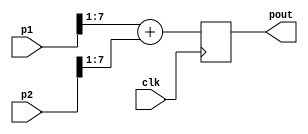
module avg(input clk, input [7:0]p1, input [7:0]p2, output reg [7:0]pout);
//Declaration of intermediate wires
wire [7:0] outp;

assign outp = {1'b0 , p1[7:1]} + {1'b0 , p2[7:1]};

always@(posedge clk)
begin
	pout = outp;
end 



endmodule







//wire [7:0] out_int, outp;
//
//assign out_int = { p1[7:0]} + { p2[7:0]};
//assign outp  =  out_int/2 ; 
//
//always@(posedge clk)
//begin
//	pout = outp;
//end